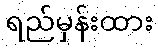
ရည်မှန်းထား